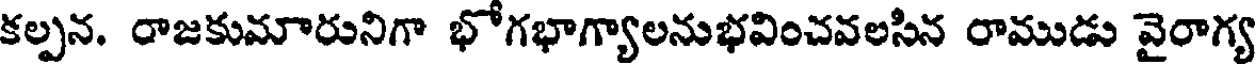
కల్పన. రాజకుమారునిగా భోగభాగ్యాలనుభవించవలసిన రాముడు వైరాగ్య